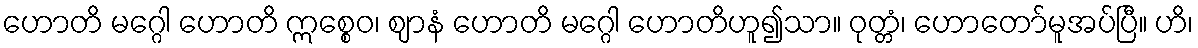
ဟောတိ မဂ္ဂေါ ဟောတိ ဣစ္စေဝ၊ ဈာနံ ဟောတိ မဂ္ဂေါ ဟောတိဟူ၍သာ။ ဝုတ္တံ၊ ဟောတော်မူအပ်ပြီ။ ဟိ၊